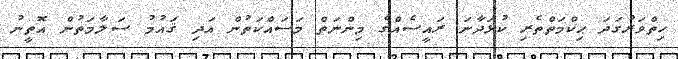
ހިތްވަރުގަދަ ޙިކްމަތްތެރި ކުޅަދާނަ ރައީސެއްގެ މިންނަތް މަސައްކަތުން އަދި ޤައުމު ސަލާމަތުން އޮތީނު